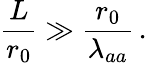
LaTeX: \frac{L}{r_{0}}\gg\frac{r_{0}}{\lambda_{aa}}\, .